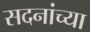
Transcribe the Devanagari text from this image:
सदनांच्या